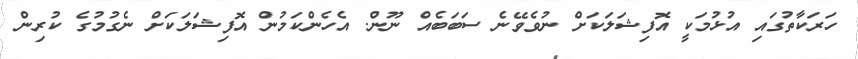
ހަރަކާތުގައި އުޅުމަކީ އޮފިޝަލަކަށް ނުވެވޭނެ ސަބަބެއް ނޫން. އެހެންކަމުން އޮފިޝަލަކަށް ނެގުމުގެ ކުރިން